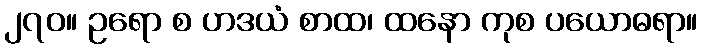
၂၇၀။ ဥရော စ ဟဒယံ စာထ၊ ထနော ကုစ ပယောဓရာ။